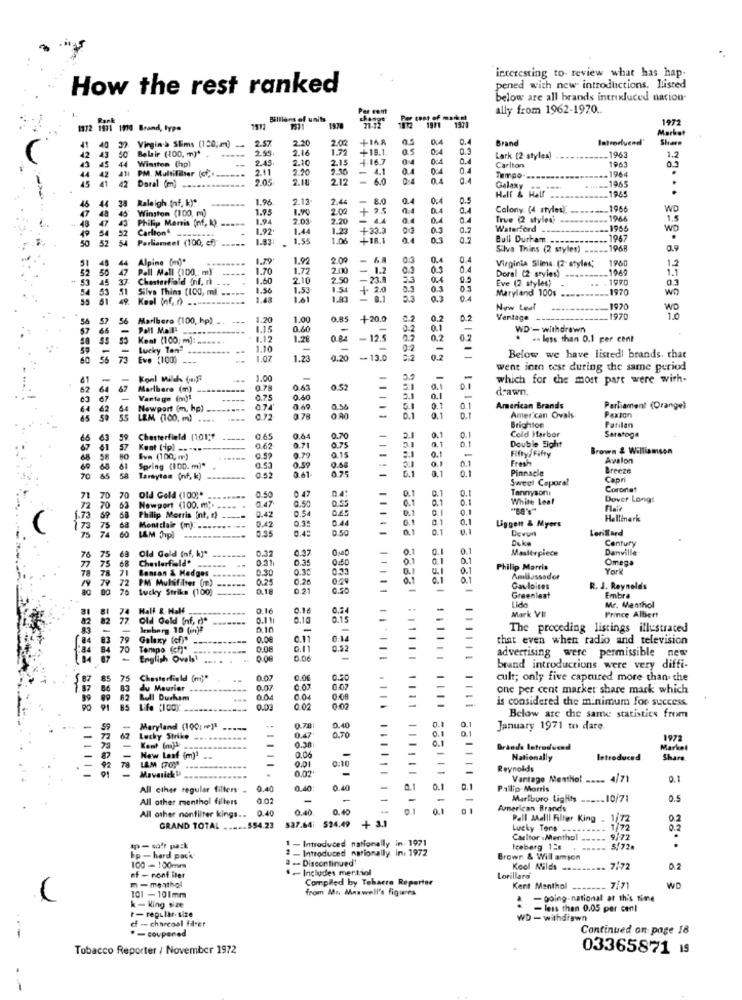
interesting to- review what has hap-
How the rest ranked
pened with new introductions. Listed
below are all brands intrixluced nation
ally from 1962-1970 ..
Billions of units
1972
1972 1971 1910 Brand, type
1972
1970
Market
2.57
2.20
2.02
+IA8
0.5
0.4
0.
Brand
Introduend'
41
42
40 37
43
50 Belair (100, m)*
37. Virgin-> SEims (150;m) .
-----
2.55+
2.16
1.7
+18.1
0.3
1963
Winston (hp)
2.45
2.10
2.15
4-16.7
Lark [2 styles)
--------
1963
1.2
44
45 44
2.11
2.20
2.90
4.1
Carlton
.1964
0.3
41l PM. Multifilter (cfr ___===
2.05
2.10
212
6.0
Tempo ...
. ..== 1965
45 41 42
41 42 Daral (m)
Galaxy
.1985
..
38 Raleigh (nf, ky*
1.96
2.13
2.44
-
8.0
45
47
44 38
48
45
40 Winston (100, m)
1.95
1.90
2.00
0.4
Colony (4 styles).
------ 1966
WD
48 47 43
43
Philip Morris (nf, k).
1.94
2.03
2.20
4.4
0.4
True (2 styles
1966
1.5
54 52
Carlton
-
1.92
1.44
1.23
+33.3
0.3
0.2
Waterford --
1966
WD
50 52 54 Parliament (100, cf)
52 54
1.83
1.55
1.06
+18.1
0.3
Bull Durham.
. 1967
50
Silva Thins (2 styles)
----- 1968
51
45
44
Alpine (m)*
1.79
1.92
2.00
0.
0
Virginia Slima (2- styles;
1960
52
50
47 Pall Mall (100 .. m)
1.70
1.77
2.000
- 1.2
0.0
0.1
Doral (2- styles)
1969
12
1.1
53 45 37 Chesterfield (ni. n.
37
1.60
2.10
2.50
21.8
3.3
0.4
Eve (2 styles)
.. . 1990
0.3
53 51
51
Silva Thins (100, ml. .....
1.56
1.53
1.51
1. 2.0
0.3
0.3
Maryland 100s
1970
wo
55 51 49. Keel (nf. n) ..
1.48
1.61
- 8.1
5.3
0.3
0.4
New Leaf
1970
57 56
Marlbera (100, hp) ..
1.20
1.00
O.R5
+ 20.0
0.2
0.2
0.2
Vantage
-1970
Pall Mall
----
1.15
0.60
0:2
0.1
-
WD - withdrawn
50 55 53
Kent (100 m): ......
1.12
1.28
-12.5
0.2
0.2
. less than 0.1 per cent
59
Lucky Ton"
1.10
02
-
60
56
73 Eve (100)
73
1.07
1.23
0.20
-13.0
1
Below we have listed! brands. that
went into test during the same period
Konl Miles (nye
1.00
-
which for the most part were with-
62
Marlhere (m)
0.78
0.65
052
01
drawn.
67
Vartage (mn)1
0.75
0.30
-
3.1
0.1
64 62 64 Newport (m, hp) --------
64
074
0.58
-
0.
0.1
American Brands
Parliament (Orange)
65 59 55
55
LEM (100. m) ....
0.72
9 79
0 A0
-
0.1
Brighton
American Ovals
Paxton
Cold Harbor
Parilan
Saratoga
63
59
Chesterfield (101;"
0.65
0,84
0.70
-
2.
0.1
0.1
Double Eight
67 61 57
Kont (ip) ---
0.62
0.71
0.75
0.15
-
Fifty/ Fifty
Brown & Williamson
68 58 80
Eva (100, m)
0.59
9.79
0.1
Fresh
Avalon
69 65 61
Spring (100. m)*
0 53
0.59
9.6
0.1
0.1
Pinnacle
Breeze
70 85 58 Taraytes (nf, k)
0.52
0.61
Sweet Caporal
Capri
0.50
0 47
0.1
Tannysont
Coronet
71 70
70
Old Gold (100)*
0.47
0.54
0.1
0.1
White Leaf
Dover Longt
72 70 63
63
Newport (100. m .. ....
0.42
0.54
0.25
0.55
0.1
9.1
0.1
1.73 69 68
Philip Morris Int. ) ----
0.42
0.35
0.44
-
0.1
0.1
Liggen & Myers
Hallinark
173 75 68 Montclair (m). ....... ...
75 74 60
0.95
0.50
01
0.1
Devon
Lorillard
Century
Old Gold (nf, kj*
0.32
0.37
0
0.1
Masterpiece
Danville
77
76
75
75
68
68
Cheslerfield*
0.31
0.35
0.50
01
0.1
0.1
Omega
78
78 71
Bonton & Hedges
0.30
0.30
0.33
0.
Philip Morris
York
/9 79 72
PM Multifilter (m)
0.25
0.26
0.1
Ambassador
80 00
72
70
lucky Strike (100)
0.18
0.21
0.50
-
-
Gauloises
R. J. Reynolds
Lido
Greenleaf
Embra
Mr. Menthol
31
74
Half &-Half
0.16
0.16
0.54
Mark VII
82 77
Old Gold Inf, r).
0.11
0.10
0.15
Prince Albert
83
lemberg 10 (in)?
0.10
The preceding listings illustrated
84
83 79
79
Galaxy (of)*
0.0€
0.11
that even when radio and television
84 70
Tempo (cf)"
0.08
0.11
0.92
advertising were permissible new
87
English Oval1
0.00
0.06
brand introductions were very diffi-
85
75
Chesterfield (my*
0.07
0.00
cult; only five captured more than the
86 83
du Maurier --------
---
0.07
0.07
0.67
one per cent market share mark which
99
82
Bull Durham
0.04
0:08
is considered the minimum For success
85
-------
0.00
0.02
0.02
1
0.40
Below are the same statistics from
Maryland (100: re)]
0.70!
0.47
0.70
January 1971 to dare.
62
Lucky Strike ...
0.30
0.1
1972
Kent (mj&
0.06
-
Grande Introduced
Market
New Leaf (mm)1
0.01
0:10
Nationally
Introduced
Share
.
92 78 LAM 1709
121121
MaverickU
----
0.02+
-
Reynolds
Vantage Menthol ---- 4/71
0.1
All ether regular filters .
0.40
0.40
0.40
0.1
0.1
Pallip Morris
All other menthol fillers
0.02
-
-
Martburo Lights _____ 10/71
05
0.40
0.40
0.40
0.1
0.1
American Brands
All other nonfilter kings ...
537.64: 524.49 + 3.1
Pall Malll Filter King . 1172
0.2
GRAND TOTAL ..... 554.23
Lucky Tons ---......
1/72
1 - Introduced nationally in- 1971
Carltor .Menthol
-----
9.72
2 - Introduced nationally. in: 1972
Iceberg 12
.. 5,72.
bp - hard pack
2 .- Discontinued!
Brown & Will amson
100 - 100mm
. - Includes mertiol
Kool Mild -------
.. 7.72
0.2
of - nonf iter
m -menthol
Compiled by Tebacte Reporter
Lorillard
from Mn Maswell's figures
Kent Menthol ------
7.71
WD
101 - 101mm
-going-national at this time
k-King size
F- regular- size
- less than 0.05 per cent
cf -- charcoal filter
WD - withdrawn
-coupened
Continued on page 18
Tobacco Reporter / November 1972
03365871 IS